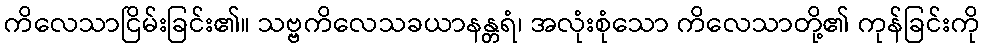
ကိလေသာငြိမ်းခြင်း၏။ သဗ္ဗကိလေသခယာနန္တရံ၊ အလုံးစုံသော ကိလေသာတို့၏ ကုန်ခြင်းကို